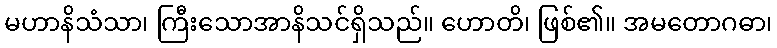
မဟာနိသံသာ၊ ကြီးသောအာနိသင်ရှိသည်။ ဟောတိ၊ ဖြစ်၏။ အမတောဂဓာ၊